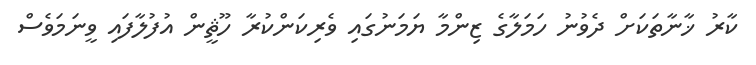
ކާރު ޚާނާތަކަށް ދެވުނު ހަމަލާގެ ޒިންމާ ޔަމަނުގައި ވެރިކަންކުރާ ހޫޘީން އުފުލާފައި ވީނަމަވެސް